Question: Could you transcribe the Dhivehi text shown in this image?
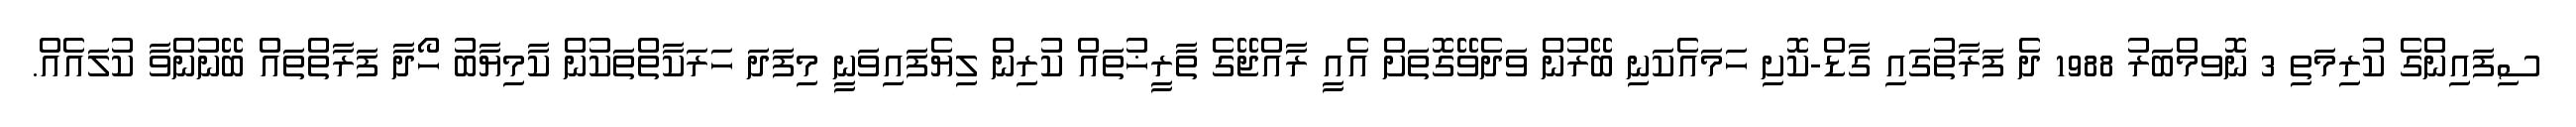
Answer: ސިފައިންގެ ކުރިމަތި 3 ނޮވމްބަރު 1988 ދެ ފަރާތުގައި ގާޑް-ކޮށި ހަމައެކަނި ބޭރުން ވަދެވޭގޮތަށް އެއީ ރާއްޖޭގެ ތާރީޚުތައް ކުރިން ލިޔެފައިވަނީ މިފަދަ ހަރަކާތްތަކުން ކާމިޔާބު ހޯދާ ފަރާތްތައް ބޭނުންވާ ކުލައެއް.